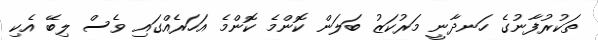
ތަކުރުފާނުގެ ހަނދާނީ މަރުކަޒު ބަލަން ކޮންމެ ކޮންމެ އަހަރެއްގައި ވެސް ލިބޭ އެކި